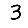
Digit: 3